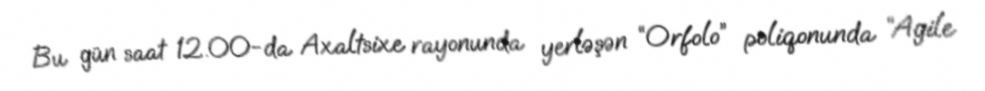
Bu gün saat 12.00-da Axaltsixe rayonunda yerləşən “Orfolo” poliqonunda “Agile